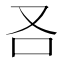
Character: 𠮢